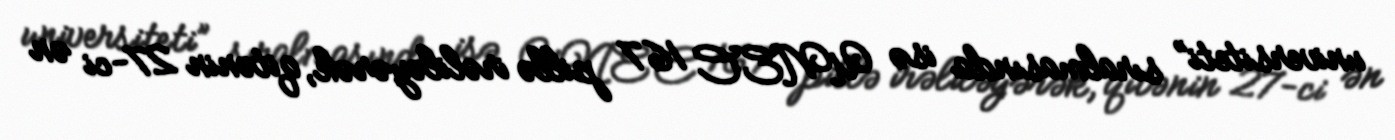
universiteti” sıralmasında isə UNEC 167 pillə irəliləyərək, qitənin 27-ci ən